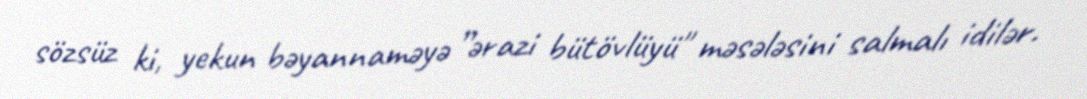
sözsüz ki, yekun bəyannaməyə ”ərazi bütövlüyü" məsələsini salmalı idilər.